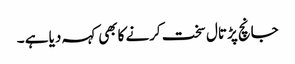
جانچ پڑتال سخت کرنے کابھی کہہ دیا ہے ۔